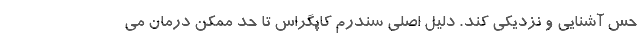
حس آشنایی و نزدیکی کند. دلیل اصلی سندرم کاپگراس تا حد ممکن درمان می